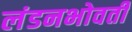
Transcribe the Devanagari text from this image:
लंडनभोवती